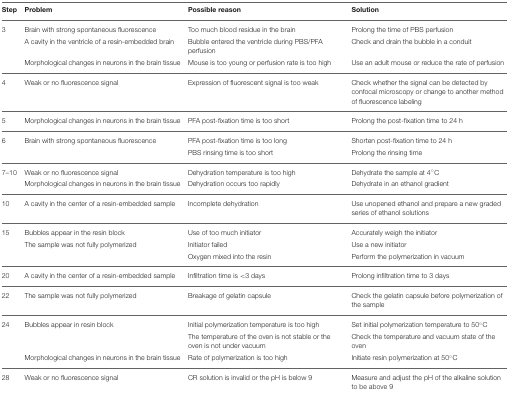
<table><thead><tr><td><b>Step</b></td><td><b>Problem</b></td><td><b>Possible reason</b></td><td><b>Solution</b></td></tr></thead><tbody><tr><td>3</td><td>Brain with strong spontaneous fluorescence</td><td>Too much blood residue in the brain</td><td>Prolong the time of PBS perfusion</td></tr><tr><td></td><td>A cavity in the ventricle of a resin-embedded brain</td><td>Bubble entered the ventricle during PBS/PFA perfusion</td><td>Check and drain the bubble in a conduit</td></tr><tr><td></td><td>Morphological changes in neurons in the brain tissue</td><td>Mouse is too young or perfusion rate is too high</td><td>Use an adult mouse or reduce the rate of perfusion</td></tr><tr><td>4</td><td>Weak or no fluorescence signal</td><td>Expression of fluorescent signal is too weak</td><td>Check whether the signal can be detected by confocal microscopy or change to another method of fluorescence labeling</td></tr><tr><td>5</td><td>Morphological changes in neurons in the brain tissue</td><td>PFA post-fixation time is too short</td><td>Prolong the post-fixation time to 24 h</td></tr><tr><td>6</td><td>Brain with strong spontaneous fluorescence</td><td>PFA post-fixation time is too long</td><td>Shorten post-fixation time to 24 h</td></tr><tr><td></td><td></td><td>PBS rinsing time is too short</td><td>Prolong the rinsing time</td></tr><tr><td>7–10</td><td>Weak or no fluorescence signal</td><td>Dehydration temperature is too high</td><td>Dehydrate the sample at 4°C</td></tr><tr><td></td><td>Morphological changes in neurons in the brain tissue</td><td>Dehydration occurs too rapidly</td><td>Dehydrate in an ethanol gradient</td></tr><tr><td>10</td><td>A cavity in the center of a resin-embedded sample</td><td>Incomplete dehydration</td><td>Use unopened ethanol and prepare a new graded series of ethanol solutions</td></tr><tr><td>15</td><td>Bubbles appear in the resin block</td><td>Use of too much initiator</td><td>Accurately weigh the initiator</td></tr><tr><td></td><td>The sample was not fully polymerized</td><td>Initiator failed</td><td>Use a new initiator</td></tr><tr><td></td><td></td><td>Oxygen mixed into the resin</td><td>Perform the polymerization in vacuum</td></tr><tr><td>20</td><td>A cavity in the center of a resin-embedded sample</td><td>Infiltration time is &lt;3 days</td><td>Prolong infiltration time to 3 days</td></tr><tr><td>22</td><td>The sample was not fully polymerized</td><td>Breakage of gelatin capsule</td><td>Check the gelatin capsule before polymerization of the sample</td></tr><tr><td>24</td><td>Bubbles appear in resin block</td><td>Initial polymerization temperature is too high</td><td>Set initial polymerization temperature to 50°C</td></tr><tr><td></td><td></td><td>The temperature of the oven is not stable or the oven is not under vacuum</td><td>Check the temperature and vacuum state of the oven</td></tr><tr><td></td><td>Morphological changes in neurons in the brain tissue</td><td>Rate of polymerization is too high</td><td>Initiate resin polymerization at 50°C</td></tr><tr><td>28</td><td>Weak or no fluorescence signal</td><td>CR solution is invalid or the pH is below 9</td><td>Measure and adjust the pH of the alkaline solution to be above 9</td></tr></tbody></table>